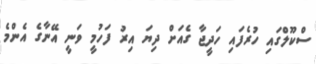
ސްކޫލްގައި ހުރެފައި ހަދީޖާ ގެއަށް ދިޔަ އިރު ފަހުމީ ވަނީ އޭނާގެ އެންމެ